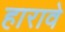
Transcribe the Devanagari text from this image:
हारावे